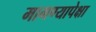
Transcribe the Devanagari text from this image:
मागण्यापेक्षा